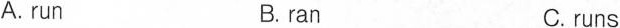
A. runB. ranC.runs